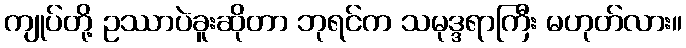
ကျုပ်တို့ ဥဿာပဲခူးဆိုတာ ဘုရင်က သမုဒ္ဒရာကြီး မဟုတ်လား။